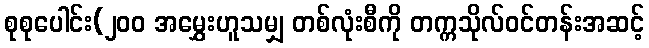
စုစုပေါင်း(၂၀၀ အမွှေးဟူသမျှ တစ်လုံးစီကို တက္ကသိုလ်ဝင်တန်းအဆင့်